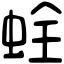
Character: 𧊲